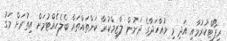
ރިޕޯޓްކުުރުމާއި އަދި މި މުއާހަދާގެ ދަށުން ލާޒިމްކުރާ ކަންތައްތައް ބެލެހެއްޓުމަށް އިތުރަށް މަގު